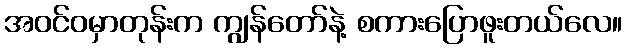
အဝင်ဝမှာတုန်းက ကျွန်တော်နဲ့ စကားပြောဖူးတယ်လေ။